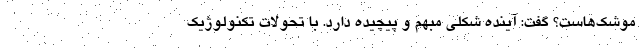
موشک‌هاست؟ گفت: آینده شکلی مبهم و پیچیده دارد. با تحولات تکنولوژیک